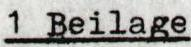
1 Beilage